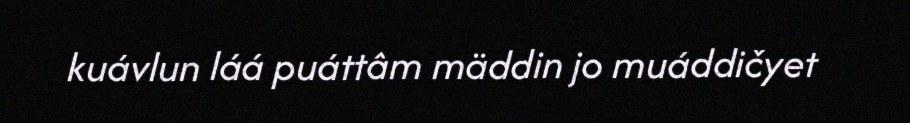
kuávlun láá puáttâm mäddin jo muáddičyet